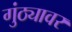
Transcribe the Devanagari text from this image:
गुंठ्यावर